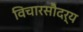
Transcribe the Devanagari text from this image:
विचारसौदर्य